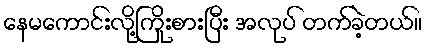
နေမကောင်းလို့ကြိုးစားပြီး အလုပ် တက်ခဲ့တယ်။